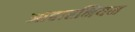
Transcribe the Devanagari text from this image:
आहारनियम